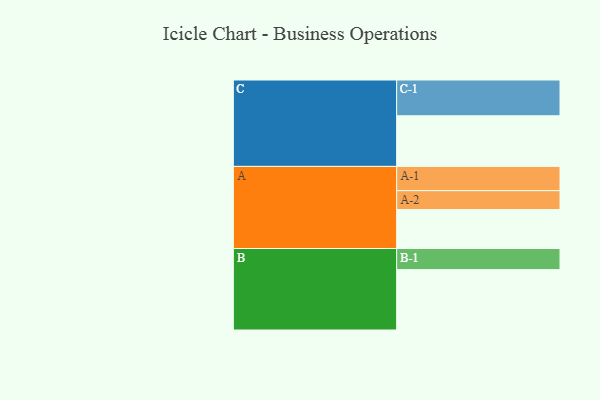
{"axis": {"x": "Segment", "y": "Value"}, "legend": ["", "A", "B", "C"], "data": [{"x": "A", "y": 324, "type": ""}, {"x": "B", "y": 503, "type": ""}, {"x": "C", "y": 422, "type": ""}, {"x": "A-1", "y": 202, "type": "A"}, {"x": "A-2", "y": 158, "type": "A"}, {"x": "B-1", "y": 176, "type": "B"}, {"x": "C-1", "y": 298, "type": "C"}]}